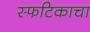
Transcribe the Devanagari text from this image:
स्फटिकाचा